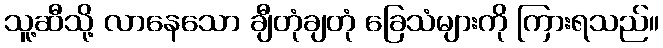
သူ့ဆီသို့ လာနေသော ချီတုံချတုံ ခြေသံများကို ကြားရသည်။